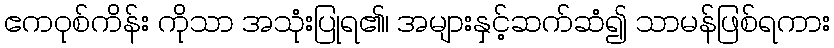
ဧကဝုစ်ကိန်း ကိုသာ အသုံးပြုရ၏၊ အများနှင့်ဆက်ဆံ၍ သာမန်ဖြစ်ရကား